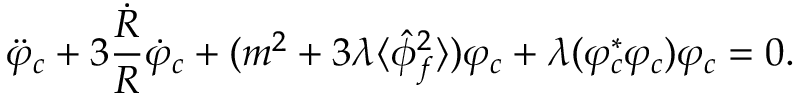
\ddot { \varphi } _ { c } + 3 \frac { \dot { R } } { R } \dot { \varphi } _ { c } + ( m ^ { 2 } + 3 \lambda \langle \hat { \phi } _ { f } ^ { 2 } \rangle ) \varphi _ { c } + \lambda ( \varphi _ { c } ^ { * } \varphi _ { c } ) \varphi _ { c } = 0 .